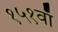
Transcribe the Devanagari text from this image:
१५१वाँ